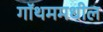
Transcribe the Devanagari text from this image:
गॉथममधील